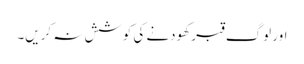
اور لوگ قبر کھودنے کی کوشش نہ کریں۔